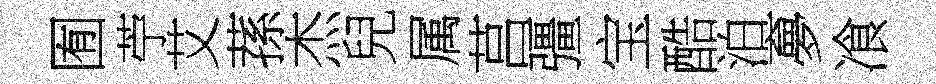
囿苧艾蓀杰兒属莒彊宝酷泊夣飡